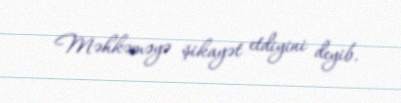
Məhkəməyə şikayət etdiyini deyib.